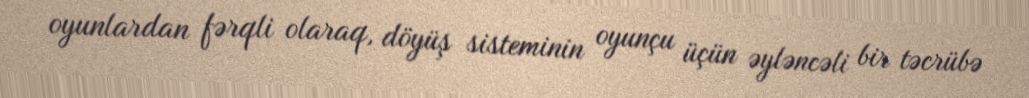
oyunlardan fərqli olaraq, döyüş sisteminin oyunçu üçün əyləncəli bir təcrübə